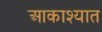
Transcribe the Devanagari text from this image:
आकाश्यात